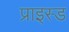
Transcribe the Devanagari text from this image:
प्राइस्ड